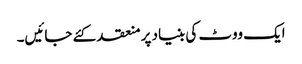
ایک ووٹ کی بنیاد پر منعقد کئے جائیں۔